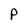
Character: P